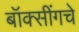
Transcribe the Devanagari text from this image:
बॉक्सींगचे